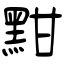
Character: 黚